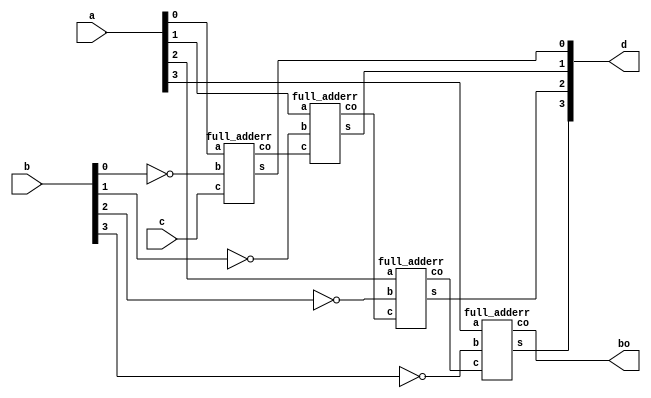
`timescale 1ns / 1ps
//////////////////////////////////////////////////////////////////////////////////
// Company: 
// Engineer: 
// 
// Design Name: 
// Module Name: four_bit_subtractor
// Project Name: 
// Target Devices: 
// Tool Versions: 
// Description: 
// 
// Dependencies: 
// 
// Revision:
// Revision 0.01 - File Created
// Additional Comments:
// 
//////////////////////////////////////////////////////////////////////////////////


module four_bit_subtractor(d,bo,a,b,c);
    input [3:0] a,b;
    input c;
    output [3:0] d;
    output bo;
    wire [2:0]co;
    //wire [3:0]l; 
  //  xor (l,b,c);
   // assign l=!b+4'b0001;
full_adderr a1(d[0],co[0],a[0],!b[0],c);
full_adderr a2(d[1],co[1],a[1],!b[1],co[0]);
full_adderr a3(d[2],co[2],a[2],!b[2],co[1]);
full_adderr a4(d[3],bo,a[3],!b[3],co[2]);
 endmodule


module full_adderr(output reg s,co, input a,b,c);
    always @(*)
    begin
    s=a^b^c;
    co=(a&b)|(b&c)|(a&c);
    end
endmodule